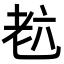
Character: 𦒹